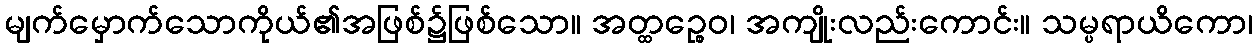
မျက်မှောက်သောကိုယ်၏အဖြစ်၌ဖြစ်သော။ အတ္ထဉ္စေဝ၊ အကျိုးလည်းကောင်း။ သမ္ပရာယိကော၊